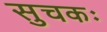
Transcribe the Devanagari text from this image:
सुचकः